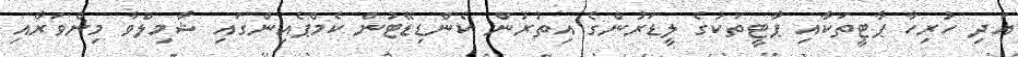
އަދި ހުރިހާ ޕާޓީތަކާއި ޕާޓީތަކުގެ ލީޑަރުންގެ އިތުރުން ކެންޑިޑޭޓުން ކެމްޕެއިންގައި ޝާމިލްވާ މިންވަރާއި